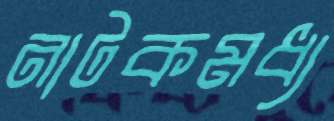
নাটকমধ্য